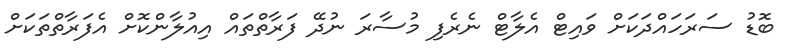
ބޮޑު ސަރަހައްދަކަށް ވައިޓް އެލާޓް ނެރެފި މުސާރަ ނުދޭ ފަރާތްތައް އިއުލާންކޮށް އެފަރާތްތަކަށް